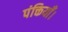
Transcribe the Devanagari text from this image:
पंक्तियाँ।